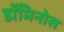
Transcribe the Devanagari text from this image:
डॉमिनोस